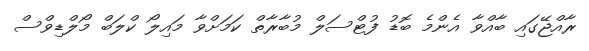
ރާއްޖޭގައި ބާއްވާ އެންމެ ބޮޑު ފުޓްސަލް މުބާރާތް ކަމަށްވާ މައިލޯ ކްލަބް މޯލްޑިވްސް